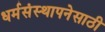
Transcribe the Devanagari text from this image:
धर्मसंस्थापनेसाठी